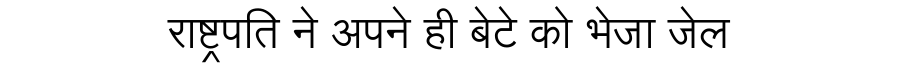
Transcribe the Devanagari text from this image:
राष्ट्रपति ने अपने ही बेटे को भेजा जेल